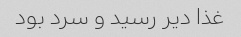
غذا دیر رسید و سرد بود